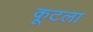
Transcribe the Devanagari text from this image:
कूटला